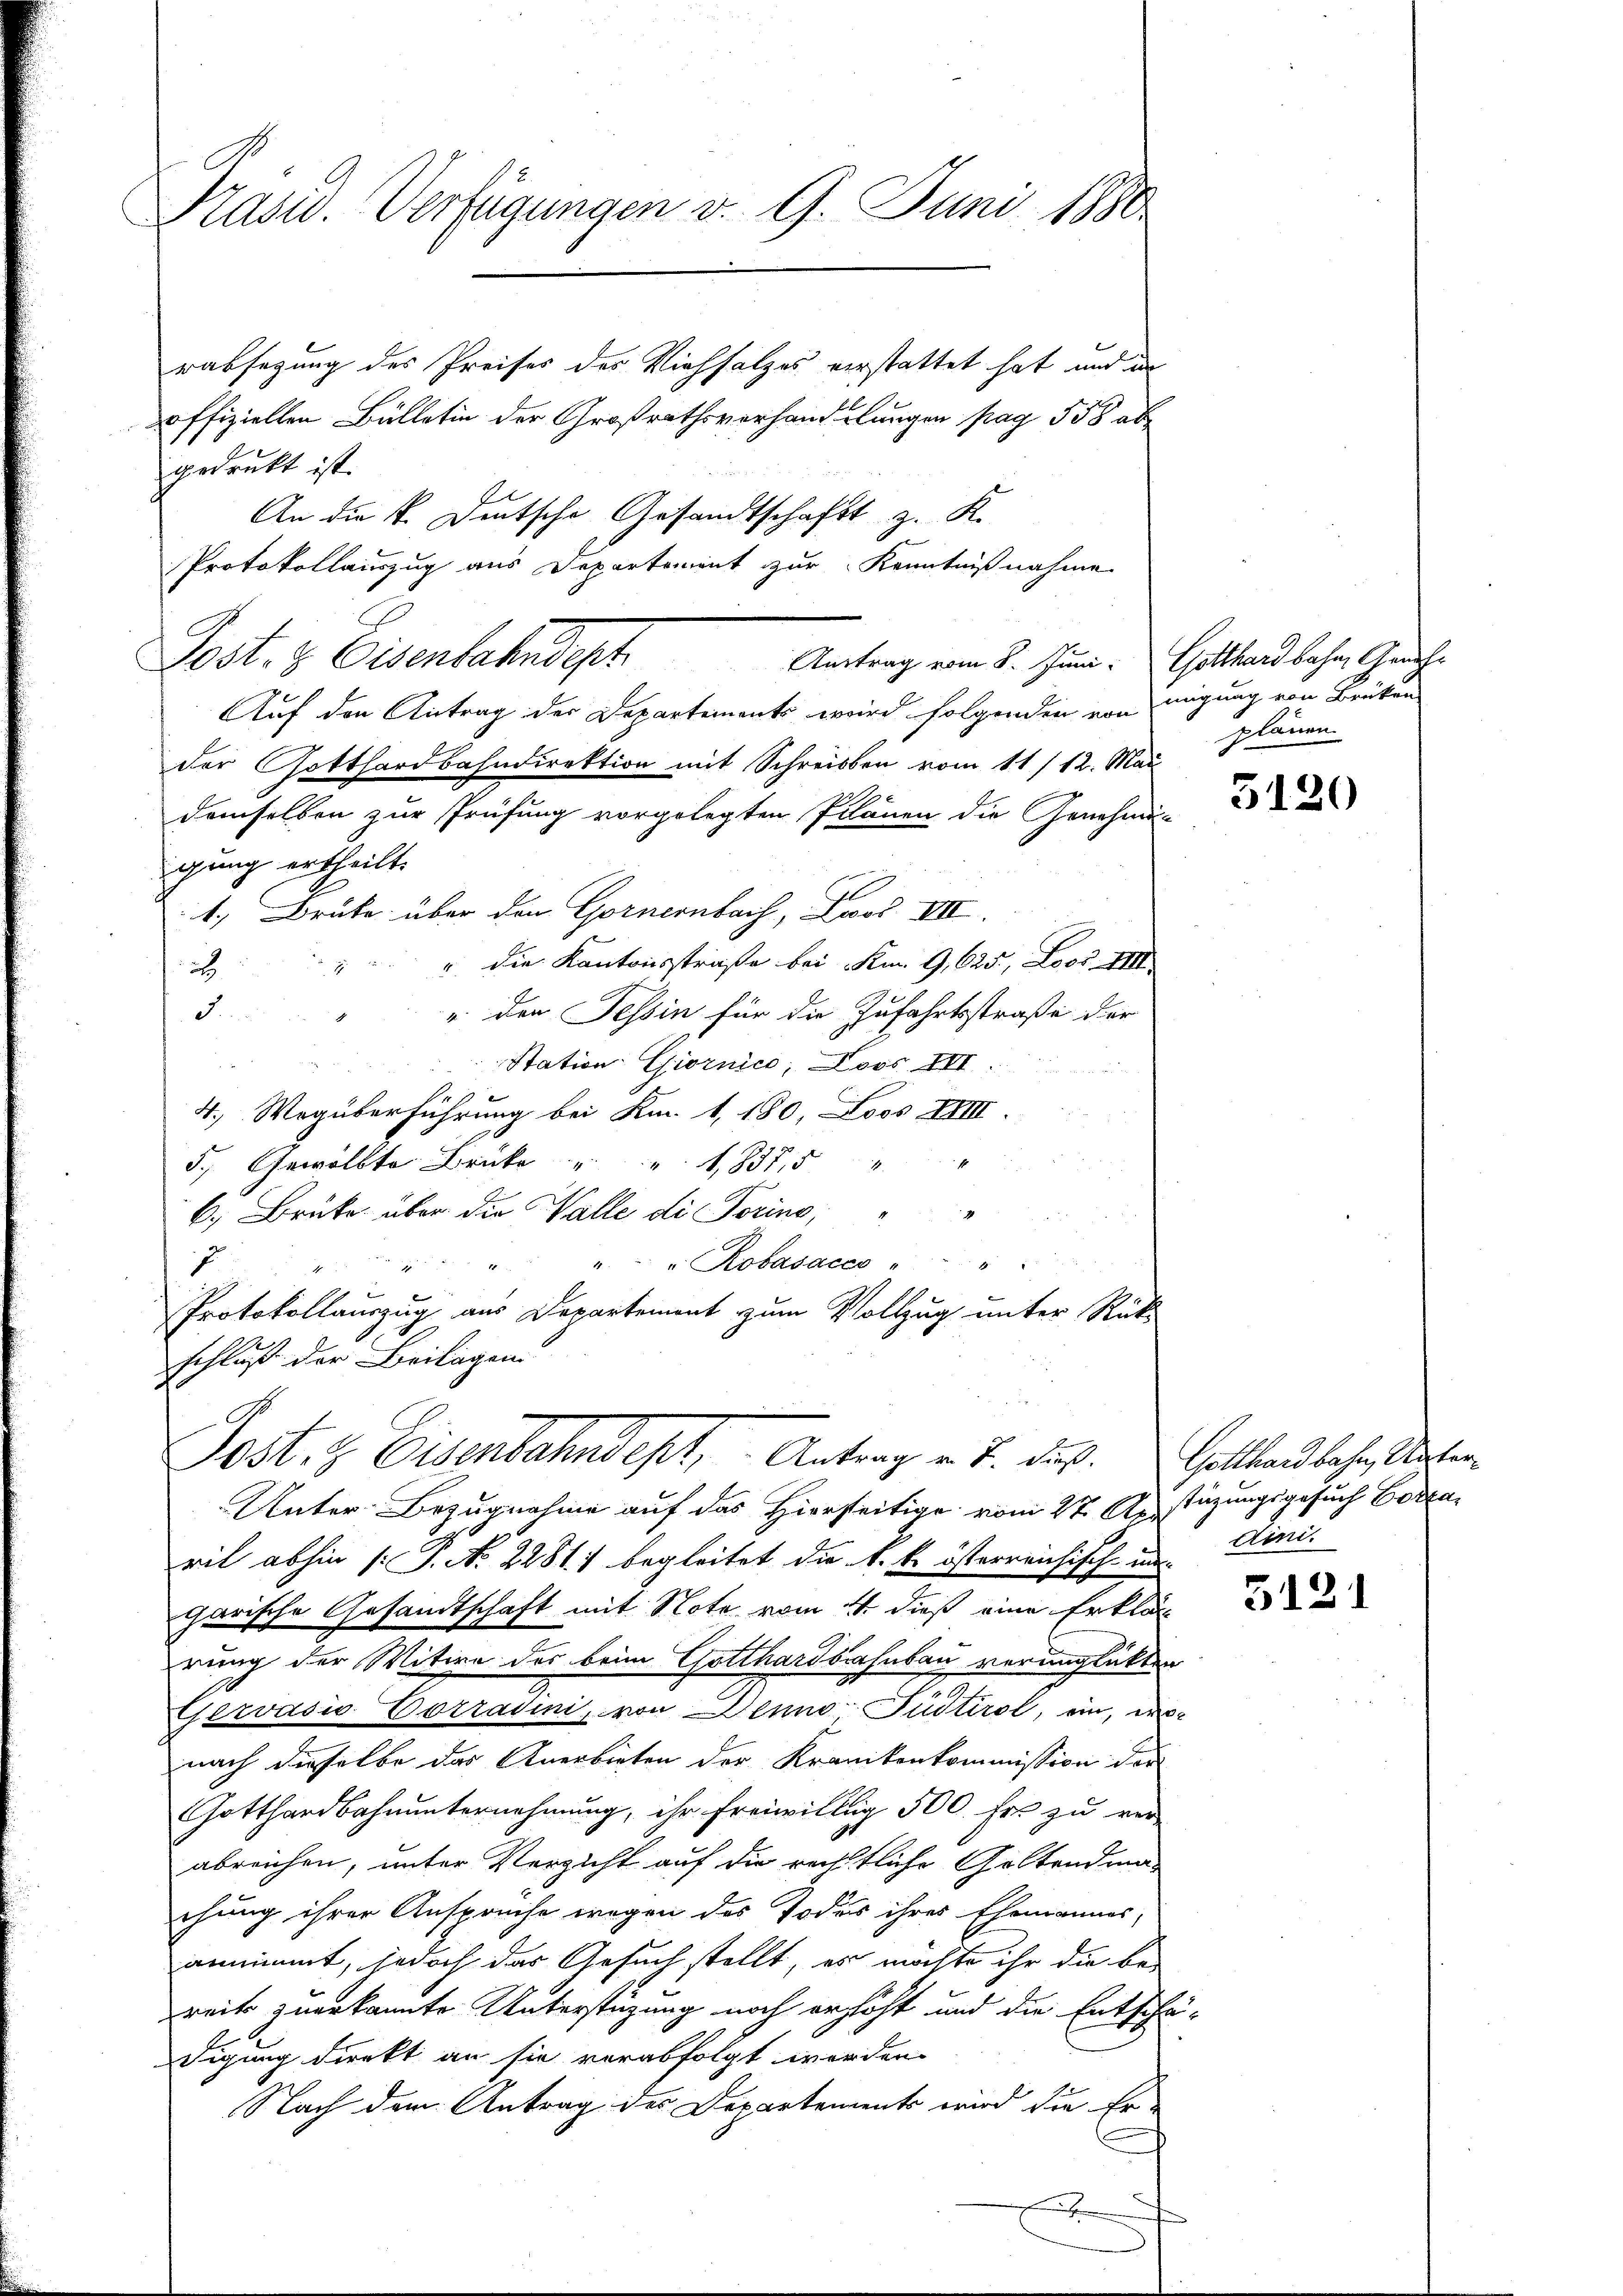
Präsid. Verfügungen v. 9. Juni 1890

rabsagung des Preises des Viehsalzes verstattet hat und in
offiziellen Bülletin der Großrathsverhandlungen pag. 558 ab
gedruckt ist.
An die k. Deutsche Gesandtschaft z. K.
Protokollauszug aus Departement zur Kenntnißnahme
Post. 3. Eisenbahndet
Auf den Antrag der Departements wird folgenden von migung von Brüken
der Gotthardbahndirektion mit Schreiben vom 11/12. Mai
demselben zur Prüfung vorgelegten Plänen die Genehmi-
gung ertheilt.
1. Bruke über den Gornenbach, Loos VIII.
" die Kantonsstraße bei Km. G,625, Loos III

2
 den Tessin für die Zufahrtsstraße der
F.
Station Giornice, Loos III.
4.) Wegüberführung bei Km. 1,180, Loos XIIII.
5. Gewölbte Brücke " " 1837,5 " "
4
6. Brüke über die Walle die Torino,
. " Robasacco " "
x
Protokollauszug aus Departement zum Vollzug unter Rück-
schluß der Beilagen
Post- & Eisenbahndept, Antrage u. dus.
Unter-Bezugnahme auf das Hierseitige vom 27. Apstüzungsgesuch Ba
ril abhin (: P. Nr. 2281) begleitet die k. k. österreichisch- un
garische Gesandtschaft mit Note vom 4. dieß eine Erklär
rung der Witwe des beim Gotthardbahnbau verunglückten
g
Gervasio-Corradini, von Denno-Püdtirol, ein, wo-
nach dieselbe das Anerbieten der Krankenkommission der
Gotthardbahnunternehmung, ihr freiwillig 500. Fr. zu ver-
abreichen, unter Verzicht auf die rechtliche Geltendma-
chung ihrer Anspruche wegen des Todess ihres Ehemannes,
annimmt, jedoch das Gesuch stellt, es möchte ihr die be-
reits zuerkannte Unterstüzung noch erhöht und die Entschä-
digung direkt an sie verabfolgt werden.
Nach dem Antrag des Departements wird die Er-

Austrag vom 8. Juni: Gotthardbahn, Geneh¬

plänen

3120

Gotthardbahn, Unterdini.

5121